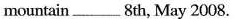
mountain ___ 8th, May 2008.